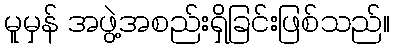
မူမှန် အဖွဲ့အစည်းရှိခြင်းဖြစ်သည်။